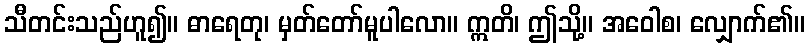
သီတင်းသည်ဟူ၍။ ဓာရေတု၊ မှတ်တော်မူပါလော။ ဣတိ၊ ဤသို့။ အဝေါစ၊ လျှောက်၏။